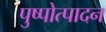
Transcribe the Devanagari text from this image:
पुष्पोत्पादन